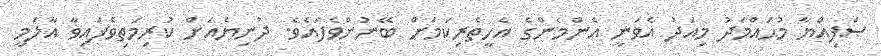
ޞަފިއްޔާ މުޙައްމަދު މިއަދު އެވަނީ އެންމެންގެ އެހީތެރިކަމަށް ބޭނުންވެފައެވެ. ދުނިޔެއަށް ކުރިމަތިވެފައިވާ އާލަމީ